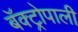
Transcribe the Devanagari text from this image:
बॅक्ट्रोपाली